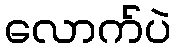
လောက်ပဲ